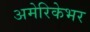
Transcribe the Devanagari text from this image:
अमेरिकेभर